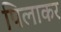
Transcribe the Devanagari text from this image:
पिलाकर